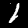
Label: 1